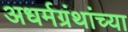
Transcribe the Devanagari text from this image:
अधर्मग्रंथांच्या